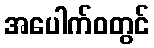
အပေါက်ဝတွင်